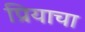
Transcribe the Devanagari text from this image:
प्रियाचा